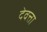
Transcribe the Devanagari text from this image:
देवत्ता